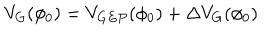
V _ { G } ( \phi _ { 0 } ) = V _ { G E P } ( \phi _ { 0 } ) + \Delta V _ { G } ( \phi _ { 0 } )